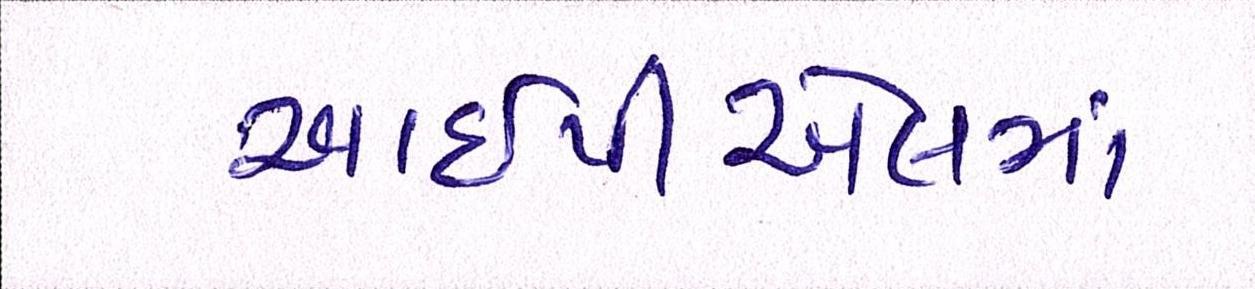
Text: આઇપીએલમાં